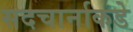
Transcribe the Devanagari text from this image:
सदचार्नाकडे